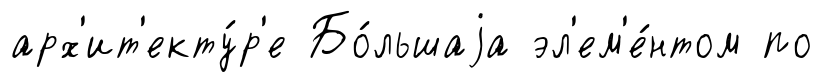
арх'ит'екту́р'е Бо́льшаjа эл'ем'е́нтом по